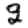
Digit: 9